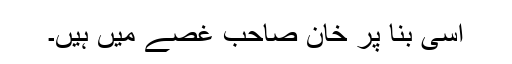
اسی بنا پر خان صاحب غصے میں ہیں۔